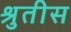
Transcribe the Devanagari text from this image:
श्रुतीस